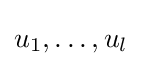
u_{1},\dots ,u_{l}